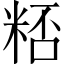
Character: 𥺖